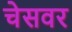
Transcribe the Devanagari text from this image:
चेसवर